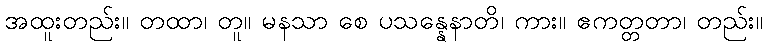
အထူးတည်း။ တထာ၊ တူ။ မနသာ စေ ပသန္နေနာတိ၊ ကား။ ဧကတ္တတာ၊ တည်း။